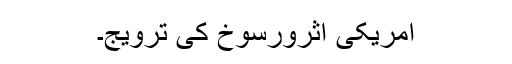
امریکی اثرورسوخ کی ترویج۔